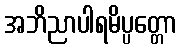
အဘိညာပါရမိပ္ပတ္တော